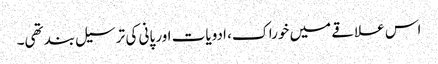
اس علاقے میں خوراک، ادویات اور پانی کی ترسیل بند تھی۔